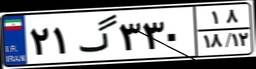
۲۱گ۳۳۰۱۸